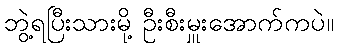
ဘွဲ့ရပြီးသားမို့ ဦးစီးမှူးအောက်ကပဲ။